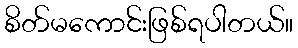
စိတ်မကောင်းဖြစ်ရပါတယ်။